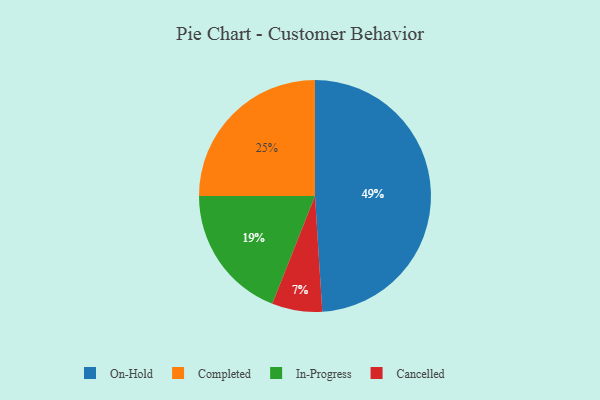
{"axis": {"x": "Category", "y": "Percentage"}, "legend": ["Cancelled", "Completed", "In-Progress", "On-Hold"], "data": [{"x": "Cancelled", "y": 7, "type": "Cancelled"}, {"x": "Completed", "y": 25, "type": "Completed"}, {"x": "On-Hold", "y": 49, "type": "On-Hold"}, {"x": "In-Progress", "y": 19, "type": "In-Progress"}]}